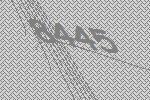
8445